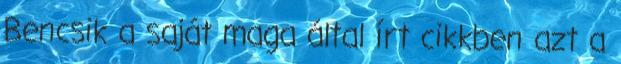
Bencsik a saját maga által írt cikkben azt a